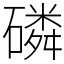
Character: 磷